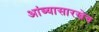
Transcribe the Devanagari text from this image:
आंब्यासारखेच